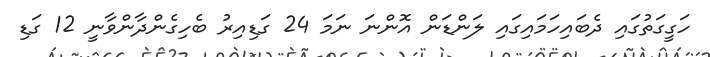
ހަގީގަތުގައި ދެބައިހަމައިގައި ލަންޑަން އޮންނަ ނަމަ 24 ގަޑިއިރު ބެހިގެންދާންވާނީ 12 ގަޑި